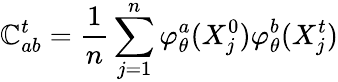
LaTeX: \mathbb{C}_{ab}^{t}=\frac{{1}}{{n}}\sum_{j=1}^{n}\varphi_{\theta}^{a}(X_{j}^{0})\varphi_{\theta}^{b}(X_{j}^{t})